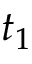
t _ { 1 }